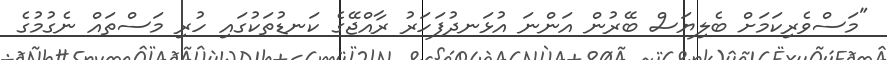
"މަސްވެރިކަމަށް ބެލިޔަސް ބޭރުން އަންނަ އުޅަނދުފަހަރު ރާއްޖޭގެ ކަނޑުތަކުގައި ހުރި މަސްތައް ނެގުމުގެ